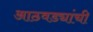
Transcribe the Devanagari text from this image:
आठवड्यांची